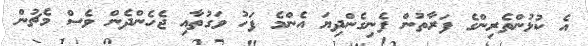
އެ ކުޅުންތެރިންގެ ފަރާތުން ފެނިގެންދިޔަ އެންމެ ފަހު ވަގުތާއި ޖެހެންދެން ވެސް މެޗުން